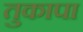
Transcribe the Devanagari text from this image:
तुकापा